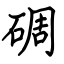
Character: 碉